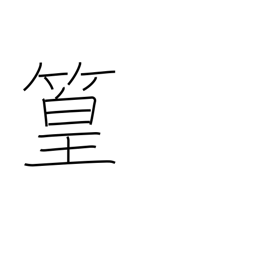
Meaning: bamboo grove